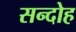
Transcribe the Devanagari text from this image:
सन्दोह